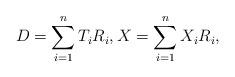
LaTeX: \begin{align*}D=\sum_{i=1}^{n}T_i R_i,X=\sum_{i=1}^{n} X_i R_i,\end{align*}